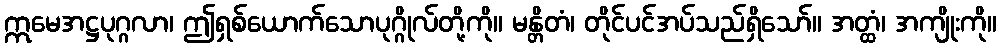
ဣမေအဋ္ဌပုဂ္ဂလာ၊ ဤရှစ်ယောက်သောပုဂ္ဂိုလ်တို့ကို။ မန္တိတံ၊ တိုင်ပင်အပ်သည်ရှိသော်။ အတ္ထံ၊ အကျိုးကို။